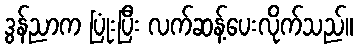
ဒွန်ညာက ပြုံးပြီး လက်ဆန့်ပေးလိုက်သည်။